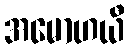
အမောဟယီ